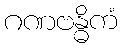
ဂဏဗန္ဓိကံ